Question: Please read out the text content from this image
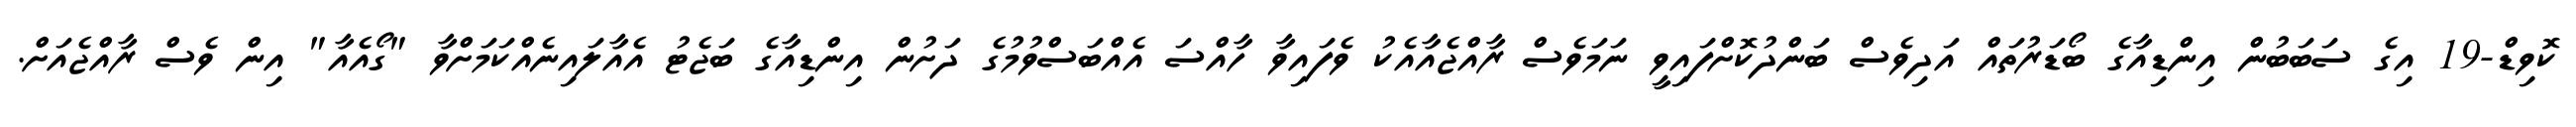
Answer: ކޮވިޑް-19 އިގެ ސަބަބުން އިންޑިއާގެ ބޯޑަރުތައް އަދިވެސް ބަންދުކޮށްފައިވީ ނަމަވެސް ރާއްޖެއާއެކު ވެފައިވާ ހާއްސަ އެއްބަސްވުމުގެ ދަށުން އިންޑިއާގެ ބަޖެޓު އެއާލައިނެއްކަމަށްވާ "ގޯއެއާ" އިން ވެސް ރާއްޖެއަށް.